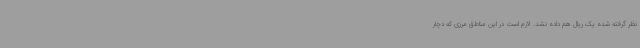
نظر گرفته شده یک ریال هم داده نشد. لازم است در این مناطق مرزی که دچار